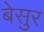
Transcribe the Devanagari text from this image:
बेसुर